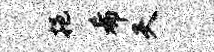
挹希夫